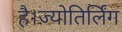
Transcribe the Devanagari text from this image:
है।ज्योतिर्लिंग